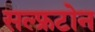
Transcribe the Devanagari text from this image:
सल्फ्रटोन